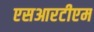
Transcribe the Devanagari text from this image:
एसआरटीएम